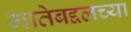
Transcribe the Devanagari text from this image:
मातेबद्दलच्या